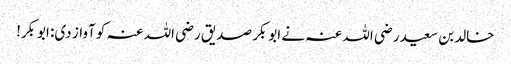
خالد بن سعید رضی اللہ عنہ نے ابوبکر صدیق رضی اللہ عنہ کو آواز دی: ابوبکر!